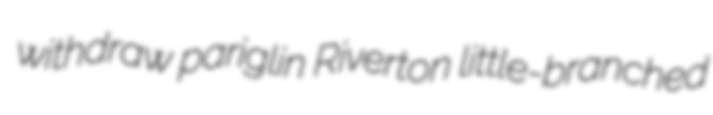
withdraw pariglin Riverton little-branched